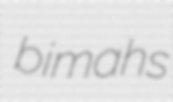
bimahs